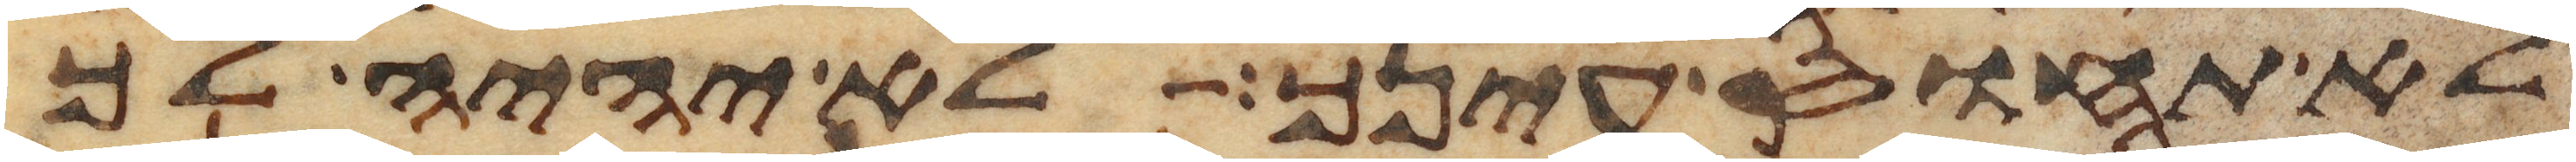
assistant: לא תחוס עינך לא יהיה לך